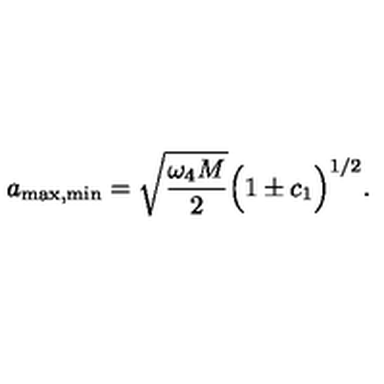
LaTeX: a _ { \mathrm { m a x , m i n } } = \sqrt { \frac { \omega _ { 4 } M } { 2 } } \Big ( 1 \pm c _ { 1 } \Big ) ^ { 1 / 2 } .